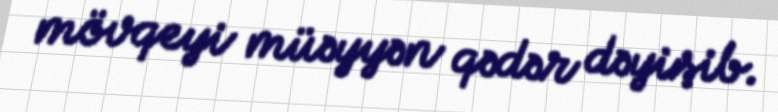
mövqeyi müəyyən qədər dəyişib.